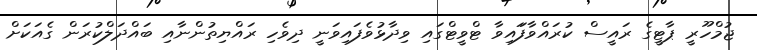
ޖުމްހޫރީ ޕާޓީގެ ރައީސް ކުރައްވާފަައިވާ ޓްވީޓްގަައި ވިދާޅުވެފައިވަނީ ދިވެހި ރައްޔިތުންނާއި ބައްދަލްކުރަން ގެއަކަށް